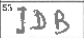
Transcription: IDB